Lunatic asylums United Provinces 1909-1921 - 1909-1921
Year: 1909
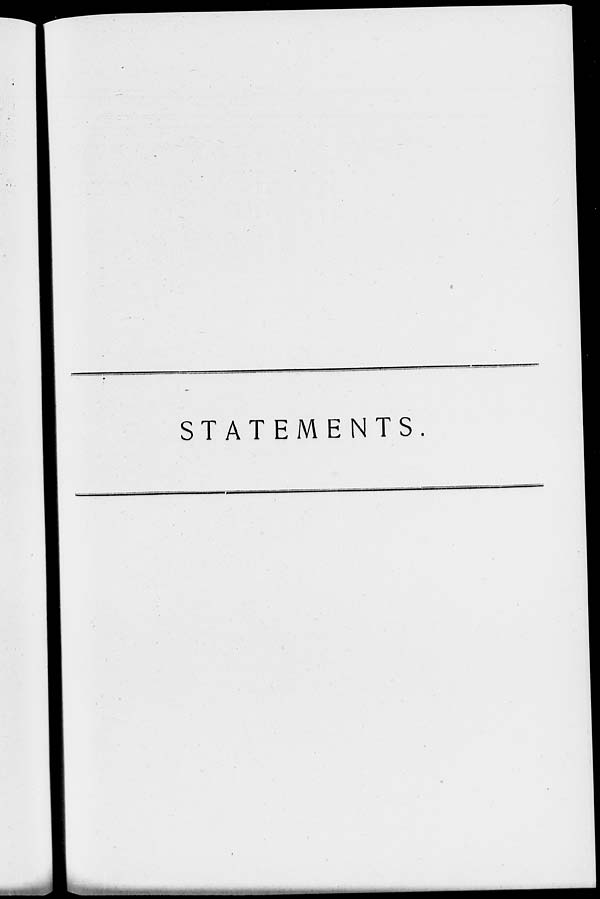
STATEMENTS